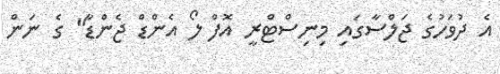
އެ ދުވަހުގެ ޖަލްސާގައި މިނިސްޓްރީ އޮފް ލޯ އެންޑް ޖެންޑާ" ގެ ނަން